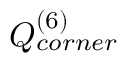
Q _ { c o r n e r } ^ { ( 6 ) }